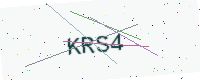
Text: KRS4